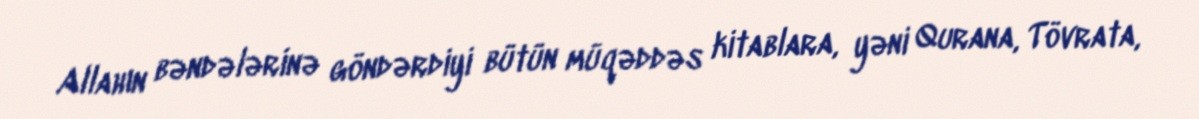
Allahın bəndələrinə göndərdiyi bütün müqəddəs kitablara, yəni Qurana, Tövrata,